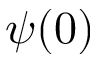
\psi ( 0 )